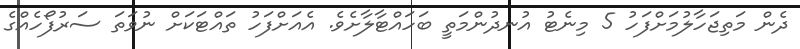
ދެން މަތިޖަހާލުމަށްފަހު 5 މިނެޓު އުނދުންމަތީ ބަހައްޓާލާށެވެ. އެއަށްފަހު ތައްޓަކަށް ނުވަތަ ސަރުފޯހެއްގެ